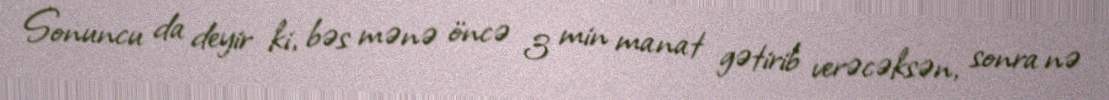
Sonuncu da deyir ki, bəs mənə öncə 3 min manat gətirib verəcəksən, sonra nə